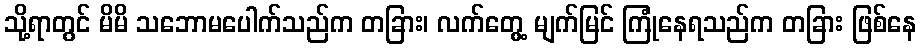
သို့ရာတွင် မိမိ သဘောမပေါက်သည်က တခြား၊ လက်တွေ့ မျက်မြင် ကြုံနေရသည်က တခြား ဖြစ်နေ